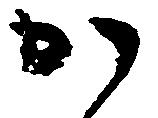
か